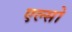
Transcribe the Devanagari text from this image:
एल्सो